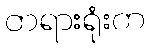
တရားရုံးက